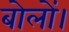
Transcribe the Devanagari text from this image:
बोलों।